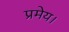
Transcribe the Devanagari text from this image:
प्रमेय।